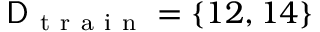
\mathsf { D } _ { \mathrm { ~ t ~ r ~ a ~ i ~ n ~ } } = \{ 1 2 , 1 4 \}